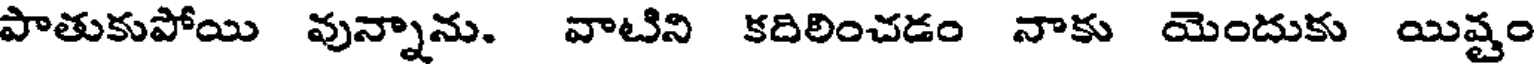
పాతుకుపోయి వున్నాను. వాటిని కదిలించడం నాకు యెందుకు యిష్టం